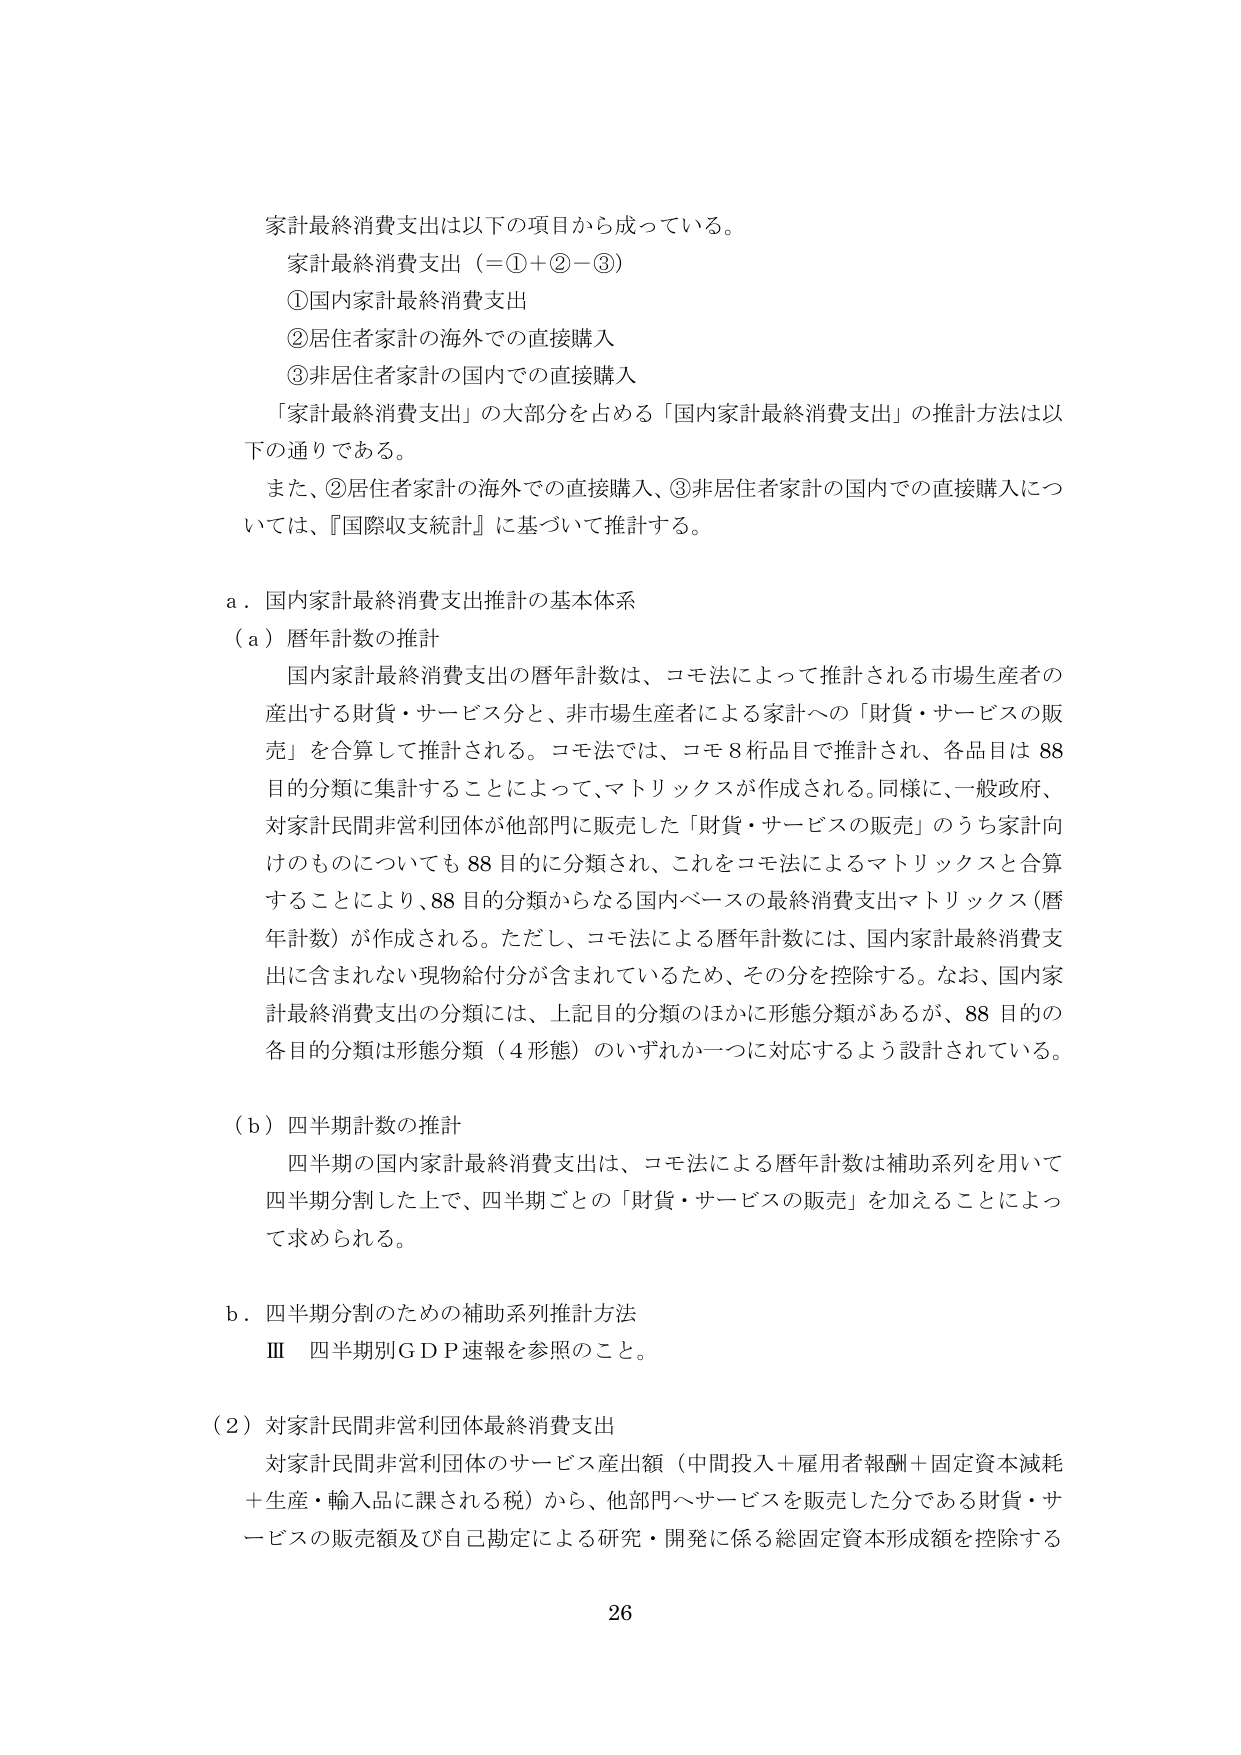
家計最終消費支出は以下の項目から成っている。
家計最終消費支出（＝①＋②－③）
①国内家計最終消費支出
②居住者家計の海外での直接購入
③非居住者家計の国内での直接購入
「家計最終消費支出」の大部分を占める「国内家計最終消費支出」の推計方法は以下の通りである。
また、②居住者家計の海外での直接購入、③非居住者家計の国内での直接購入については、『国際収支統計』に基づいて推計する。

a．国内家計最終消費支出推計の基本体系
（a）暦年計数の推計
国内家計最終消費支出の暦年計数は、コモ法によって推計される市場生産者の産出する財貨・サービス分と、非市場生産者による家計への「財貨・サービスの販売」を合算して推計される。コモ法では、コモ8桁品目で推計され、各品目は88目的分類に集計することによって、マトリックスが作成される。同様に、一般政府、対家計民間非営利団体が他部門に販売した「財貨・サービスの販売」のうち家計向けのものについても88目的に分類され、これをコモ法によるマトリックスと合算することにより、88目的分類からなる国内ベースの最終消費支出マトリックス（暦年計数）が作成される。ただし、コモ法による暦年計数には、国内家計最終消費支出に含まれない現物給付分が含まれているため、その分を控除する。なお、国内家計最終消費支出の分類には、上記目的分類のほかに形態分類があるが、88目的の各目的分類は形態分類（4形態）のいずれか一つに対応するよう設計されている。

（b）四半期計数の推計
四半期の国内家計最終消費支出は、コモ法による暦年計数は補助系列を用いて四半期分割した上で、四半期ごとの「財貨・サービスの販売」を加えることによって求められる。

b．四半期分割のための補助系列推計方法
Ⅲ 四半期別ＧＤＰ速報を参照のこと。

（2）対家計民間非営利団体最終消費支出
対家計民間非営利団体のサービス産出額（中間投入＋雇用者報酬＋固定資本減耗＋生産・輸入品に課される税）から、他部門へサービスを販売した分である財貨・サービスの販売額及び自己勘定による研究・開発に係る総固定資本形成額を控除する

26